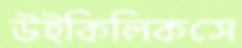
উইকিলিকসে